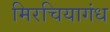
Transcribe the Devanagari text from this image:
मिरचियागंध